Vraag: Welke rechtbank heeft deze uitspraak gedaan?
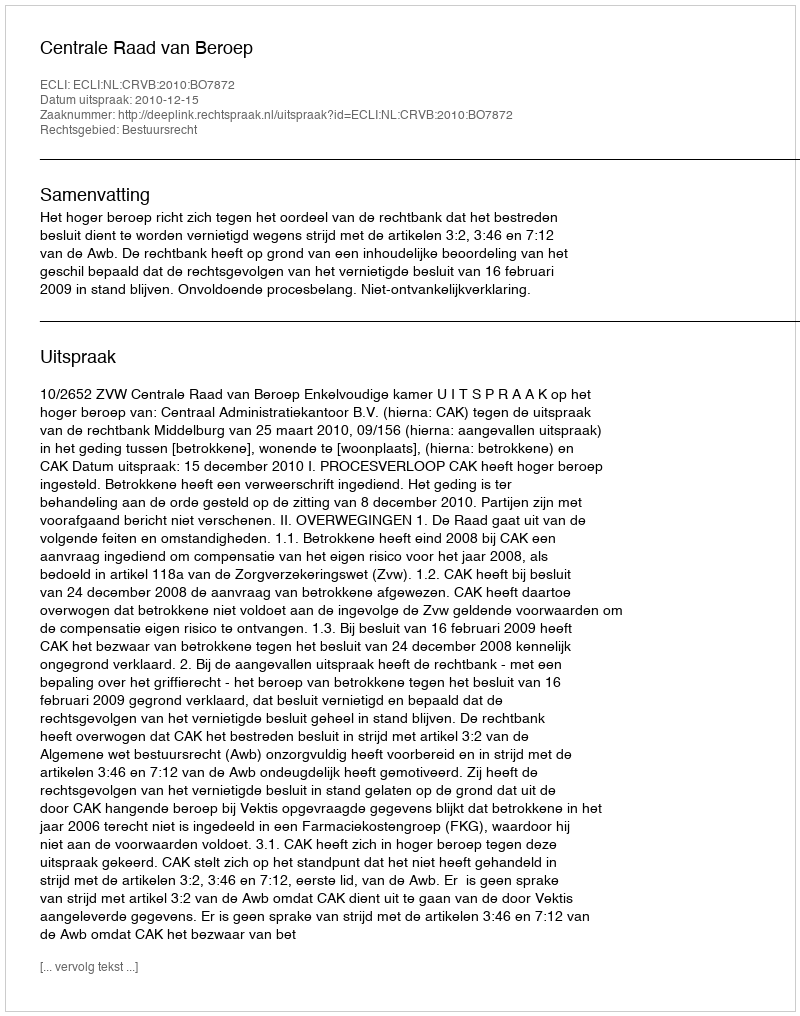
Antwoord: Centrale Raad van Beroep